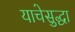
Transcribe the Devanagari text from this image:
याचेसुद्धा